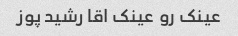
عینک رو عینک اقا رشید پوز